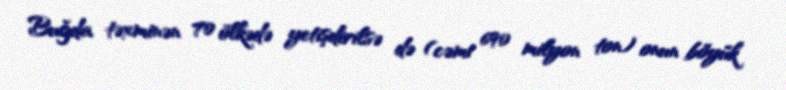
Buğda təxminən 70 ölkədə yetişdirilsə də (cəmi 690 milyon ton) onun böyük